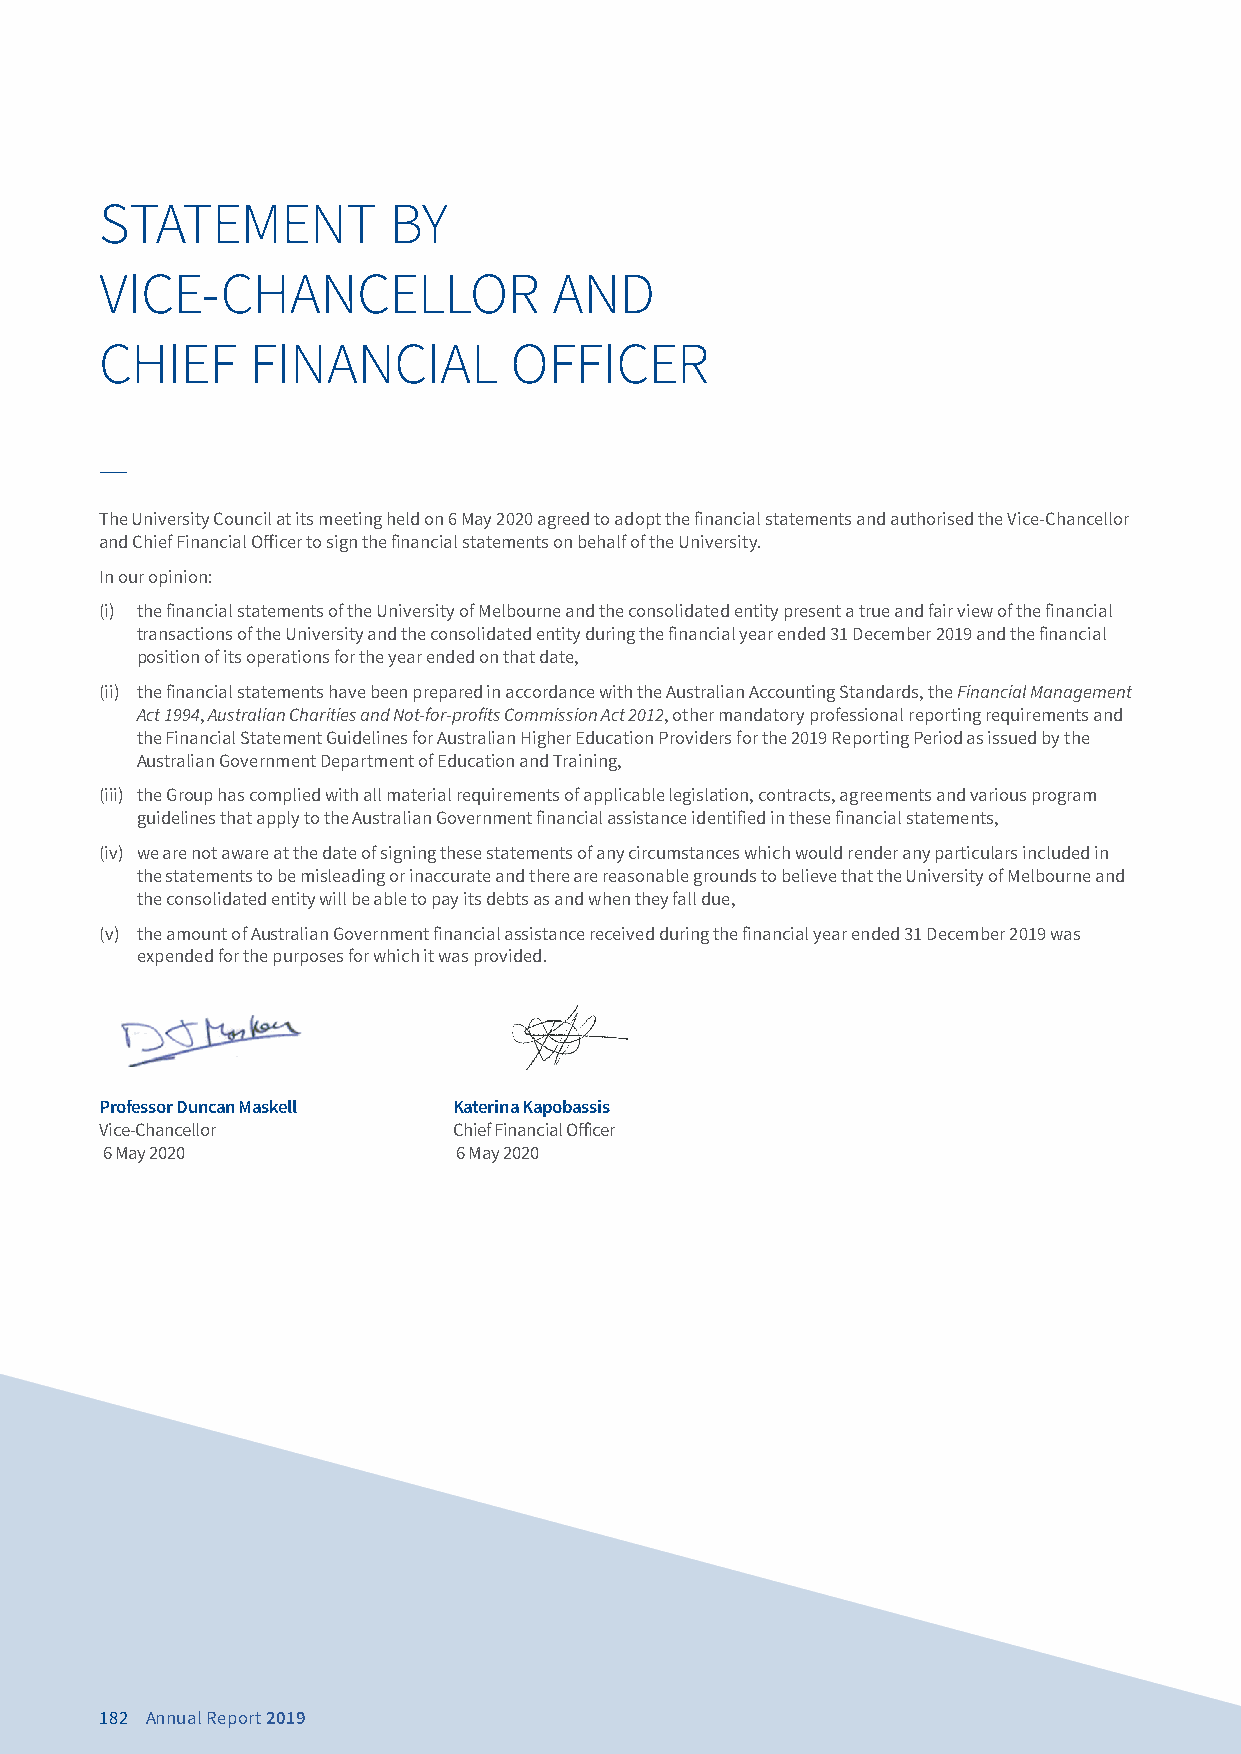
STATEMENT          BY
 VICE-CHANCELLOR               AND
 CHIEF     FINANCIAL        OFFICER
 The University Council at its meeting held on 6 May 2020 agreed to adopt the financial statements and authorised the Vice-Chancellor
 and Chief Financial Officer to sign the financial statements on behalf of the University.
 In our opinion:
 (i) the financial statements of the University of Melbourne and the consolidated entity present a true and fair view of the financial
 transactions of the University and the consolidated entity during the financial year ended 31 December 2019 and the financial
 position of its operations for the year ended on that date,
 (ii) the financial statements have been prepared in accordance with the Australian Accounting Standards, the Financial Management
 Act 1994, Australian Charities and Not-for-profits Commission Act 2012, other mandatory professional reporting requirements and
 the Financial Statement Guidelines for Australian Higher Education Providers for the 2019 Reporting Period as issued by the
 Australian Government Department of Education and Training,
 (iii) the Group has complied with all material requirements of applicable legislation, contracts, agreements and various program
 guidelines that apply to the Australian Government financial assistance identified in these financial statements,
 (iv) we are not aware at the date of signing these statements of any circumstances which would render any particulars included in
 the statements to be misleading or inaccurate and there are reasonable grounds to believe that the University of Melbourne and
 the consolidated entity will be able to pay its debts as and when they fall due,
 (v) the amount of Australian Government financial assistance received during the financial year ended 31 December 2019 was
 expended for the purposes for which it was provided.
 Professor Duncan Maskell Katerina Kapobassis
 Vice-Chancellor        Chief Financial Officer
 6 May 2020             6 May 2020
 182 Annual Report 2019